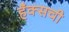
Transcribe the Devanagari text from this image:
हँक्सची